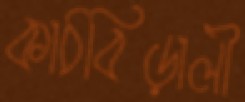
কাঠবিড়ালী